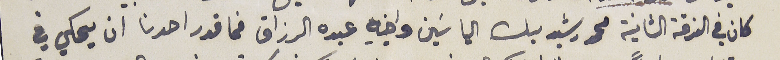
كان في الفرقة الثانية محمد رشيد بك الياسَين واخيه عبده الرزاق فما قدر احدنا ان يحكي في